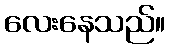
လေးနေသည်။